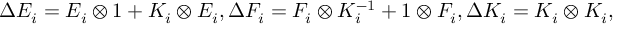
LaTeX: \Delta E _ { i } = E _ { i } \otimes 1 + K _ { i } \otimes E _ { i } , \Delta F _ { i } = F _ { i } \otimes K _ { i } ^ { - 1 } + 1 \otimes F _ { i } , \Delta K _ { i } = K _ { i } \otimes K _ { i } ,